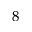
^ { 8 }